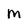
Character: m